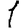
Digit: 1